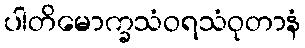
ပါတိမောက္ခသံဝရသံဝုတာနံ